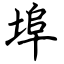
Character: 埠